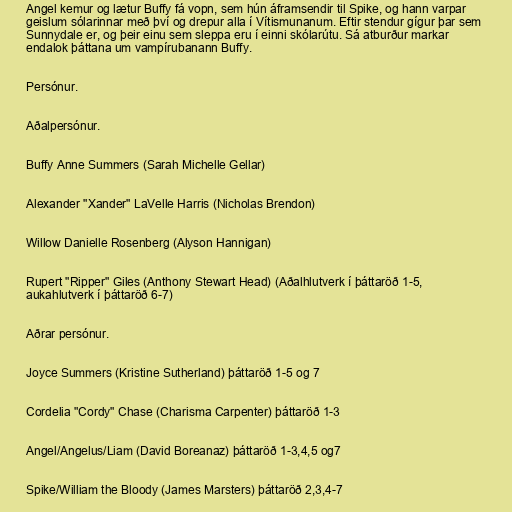
Angel kemur og lætur Buffy fá vopn, sem hún áframsendir til Spike, og hann varpar
geislum sólarinnar með því og drepur alla í Vítismunanum. Eftir stendur gígur þar sem
Sunnydale er, og þeir einu sem sleppa eru í einni skólarútu. Sá atburður markar
endalok þáttana um vampírubanann Buffy.

Persónur.

Aðalpersónur.

Buffy Anne Summers (Sarah Michelle Gellar)

Alexander "Xander" LaVelle Harris (Nicholas Brendon)

Willow Danielle Rosenberg (Alyson Hannigan)

Rupert "Ripper" Giles (Anthony Stewart Head) (Aðalhlutverk í þáttaröð 1-5,
aukahlutverk í þáttaröð 6-7)

Aðrar persónur.

Joyce Summers (Kristine Sutherland) þáttaröð 1-5 og 7

Cordelia "Cordy" Chase (Charisma Carpenter) þáttaröð 1-3

Angel/Angelus/Liam (David Boreanaz) þáttaröð 1-3,4,5 og7

Spike/William the Bloody (James Marsters) þáttaröð 2,3,4-7